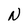
Character: N